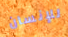
للإنسان